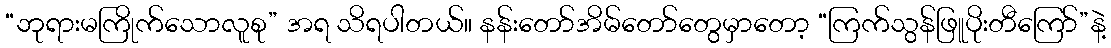
“ဘုရားမကြိုက်သောလူစု” အရ သိရပါတယ်။ နန်းတော်အိမ်တော်တွေမှာတော့ “ကြက်သွန်ဖြူပိုးတီကြော်”နဲ့